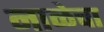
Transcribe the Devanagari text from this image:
नाळेचा